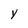
Character: Y